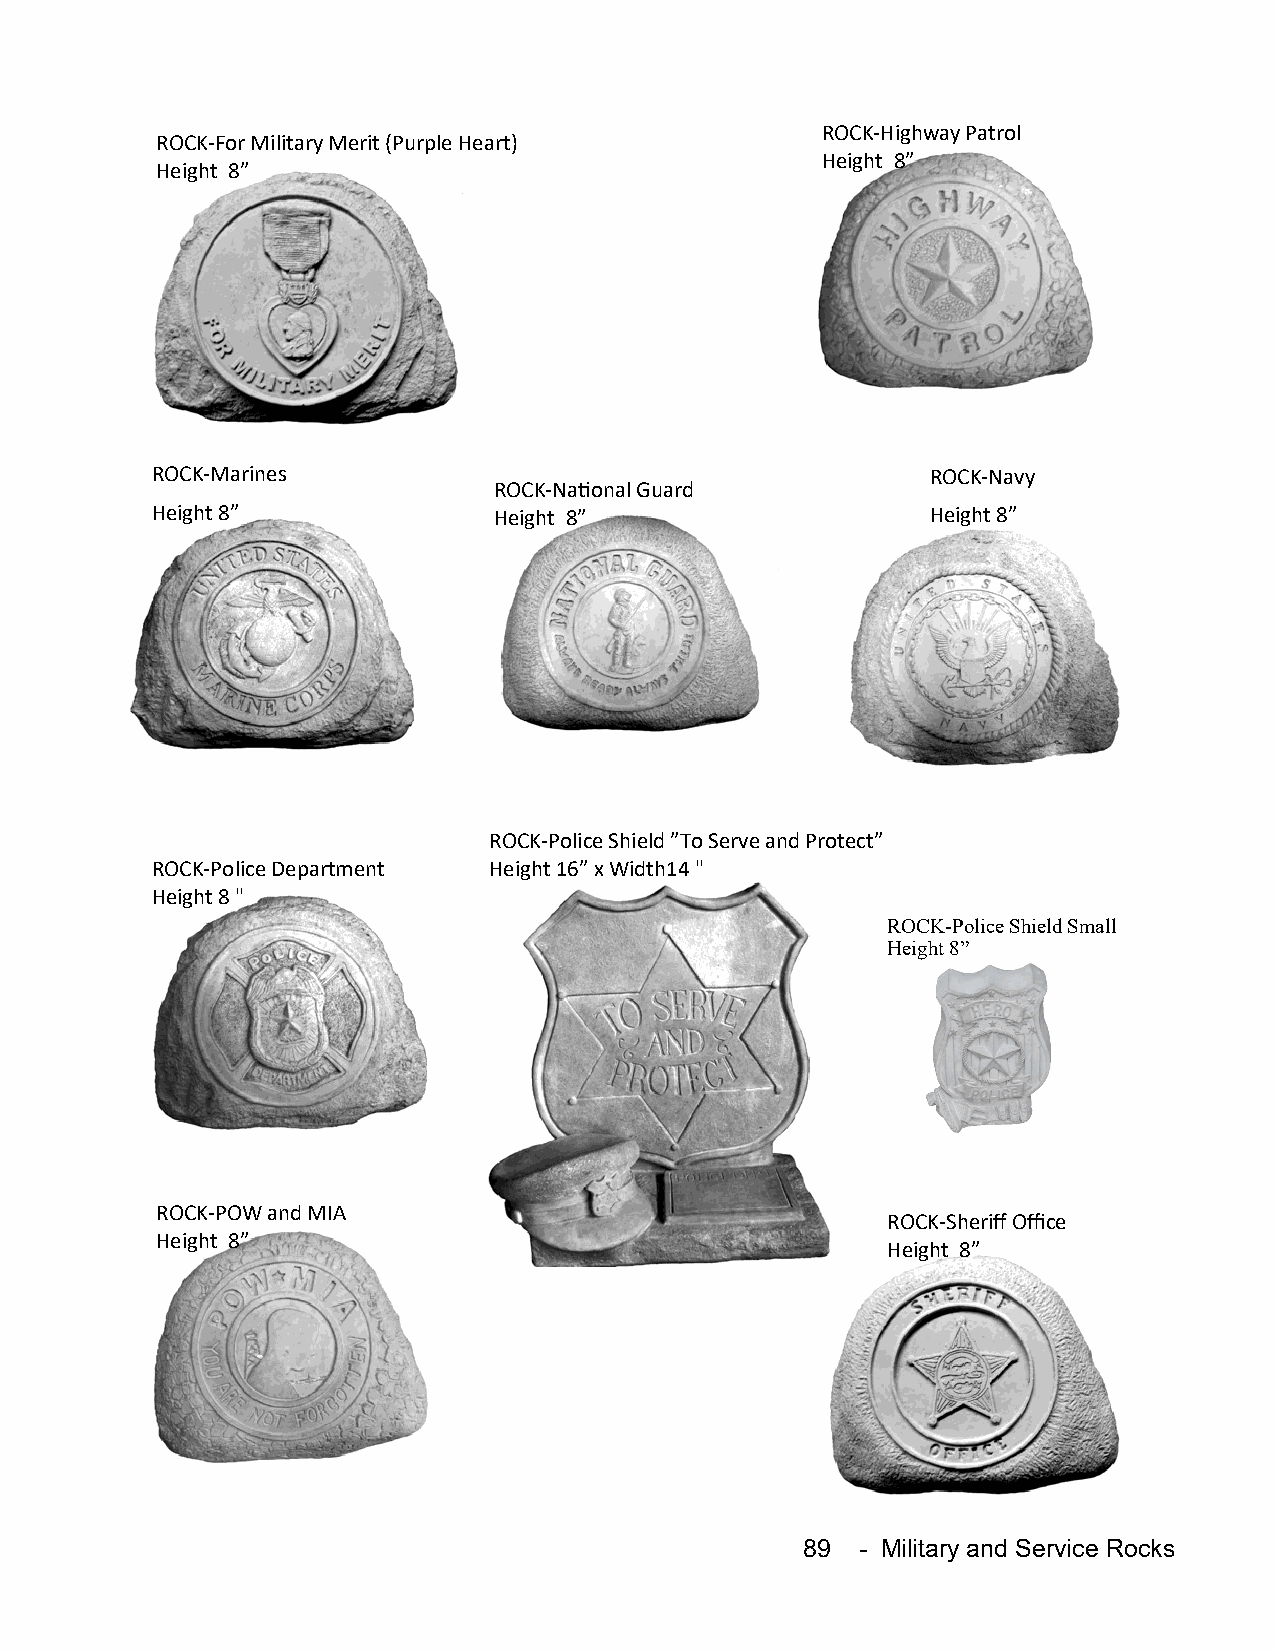
ROCK-Highway Patrol
 ROCK-For Military Merit (Purple Heart)
 Height 8”
 Height 8”
 ROCK-Marines                                        ROCK-Navy
 ROCK-National Guard
 Height 8”              Height 8”                    Height 8”
 ROCK-Police Shield ”To Serve and Protect”
 ROCK-Police Department Height 16” x Width14 "
 Height 8 "
 ROCK-Police Shield Small
 Height 8”
 ROCK-POW and MIA
 ROCK-Sheriff Office
 Height 8”
 Height 8”
 89  - Military and Service Rocks